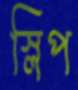
স্লিপ